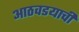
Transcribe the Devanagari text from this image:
आठवडयाची